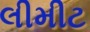
લીમીટ